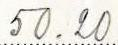
50.20